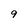
Character: 9